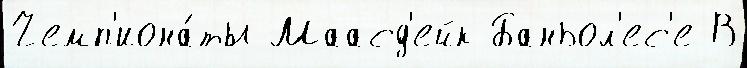
Чемп'иона́ты Маасд'ейк Баньол'ес'е В